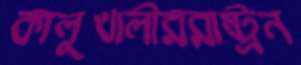
কালুখালীররাষ্ট্রন